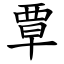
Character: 覃